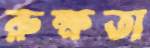
রুক্ষতা